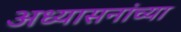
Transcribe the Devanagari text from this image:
अध्यासनांच्या